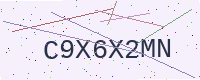
Text: C9X6X2MN